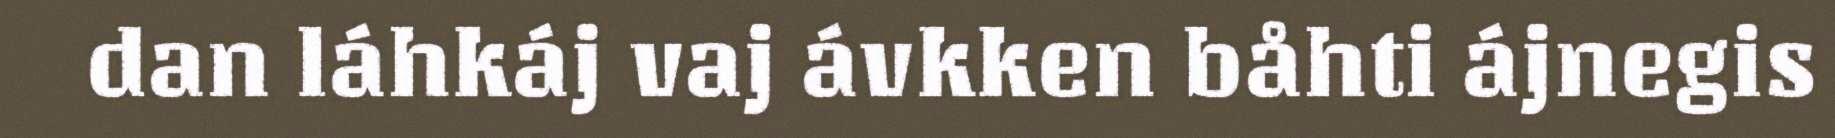
dan láhkáj vaj ávkken båhti ájnegis